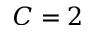
C = 2